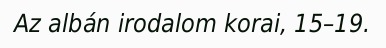
Az albán irodalom korai, 15–19.